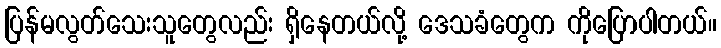
ပြန်မလွတ်သေးသူတွေလည်း ရှိနေတယ်လို့ ဒေသခံတွေက ကိုပြောပါတယ်။